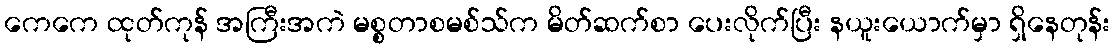
ကေကေ ထုတ်ကုန် အကြီးအကဲ မစ္စတာစမစ်သ်က မိတ်ဆက်စာ ပေးလိုက်ပြီး နယူးယောက်မှာ ရှိနေတုန်း